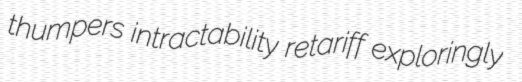
thumpers intractability retariff exploringly